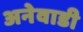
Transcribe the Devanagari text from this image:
अनेवाडी